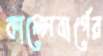
কালেনবার্গের